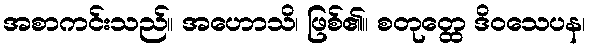
အစာကင်းသည်။ အဟောသိ၊ ဖြစ်၏။ စတုတ္ထေ ဒိဝသေပန၊